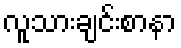
လူသားချင်းစာနာ